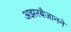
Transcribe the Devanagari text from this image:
अझरबैजानने